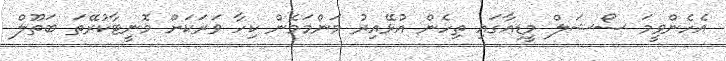
އެހެންވީމަ ސޯޝަލް މީޑިއާގައި ތިހެން އުޅޭއިރު މަންމަމެން ކިހާ ވަރަކަށް މޮނީޓާކުރޭތަ ބަތޫލް